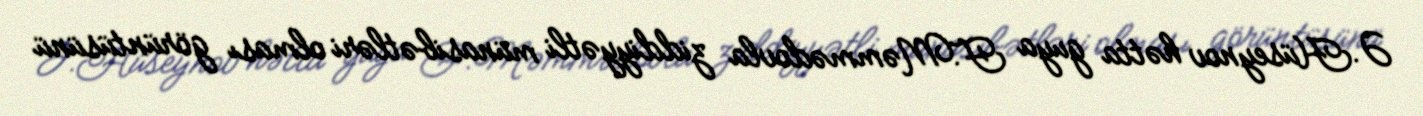
Ə.Hüseynov hətta guya F.Məmmədovla ziddiyyətli münasibətləri olması görüntüsünü